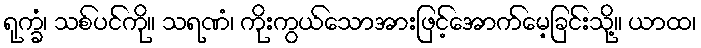
ရုက္ခံ၊ သစ်ပင်ကို။ သရဏံ၊ ကိုးကွယ်သောအားဖြင့်အောက်မေ့ခြင်းသို့။ ယာထ၊